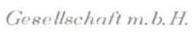
Gesellschaft m.b.H.